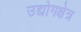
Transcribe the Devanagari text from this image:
उद्योगक्षेत्र